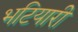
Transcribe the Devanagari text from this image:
भटियारी